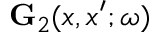
\ensuremath { \mathbf { G } } _ { 2 } ( x , x ^ { \prime } ; \omega )